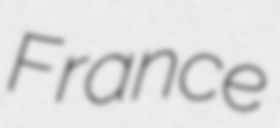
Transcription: France